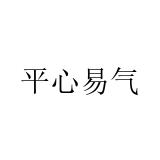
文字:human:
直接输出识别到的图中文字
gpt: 平心易气